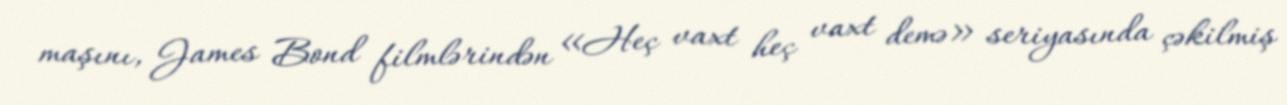
maşını, James Bond filmlərindən «Heç vaxt heç vaxt demə» seriyasında çəkilmiş